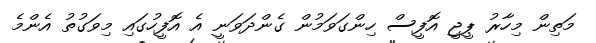
މަތިން މިހާރު ޕީޖީ އޮފީސް ހިންގަވަމުން ގެންދަވަނީ އެ އޮފީހުގައި މިވަގުތު އެންމެ